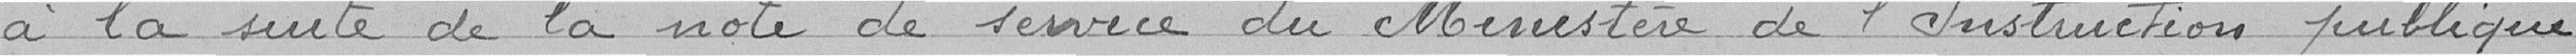
à la suite de la note de service du Ministère de l'Instruction publique